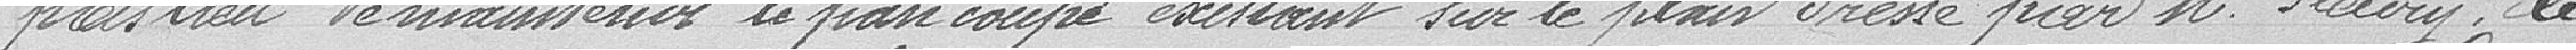
pas lieu de maintenir le pan coupé existant sur le plan dressé par Monsieur Fleury, le